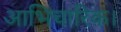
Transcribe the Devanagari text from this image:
आभिचारिक।